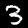
Label: 3